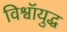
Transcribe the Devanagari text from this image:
विश्वॉयुद्ध